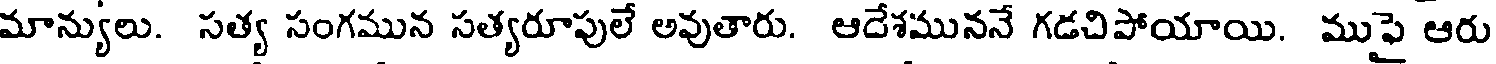
మాన్యులు. సత్య సంగమున సత్యరూపులే అవుతారు. ఆదేశముననే గడచిపోయాయి. ముఫై ఆరు